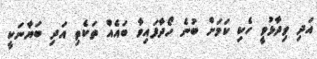
އަދި ވިދާޅުވީ ހެކި ކަމަށް ބުނެ ހޯދާފައިވާ ބައެއް ތަކެތި އަދި ބަޔާނަކީ